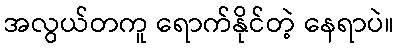
အလွယ်တကူ ရောက်နိုင်တဲ့ နေရာပဲ။